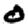
Digit: 0